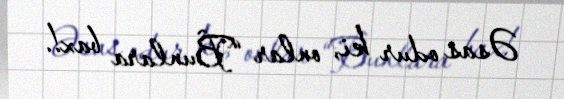
Əsas odur ki, onlar “Bunlara bax!.